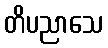
တိပညာသေ